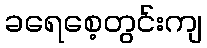
ခရေစေ့တွင်းကျ